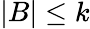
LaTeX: |B|\leq k